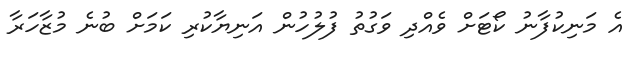
އެ މަނިކުފާނު ކޯޓަށް ވެއްދި ވަގުތު ފުލުހުން އަނިޔާކުރި ކަމަށް ބުނެ މުޒާހަރާ